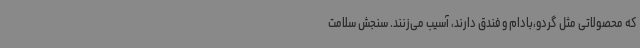
که محصولاتی مثل گردو،بادام و فندق دارند، آسیب می‌زنند. سنجش سلامت